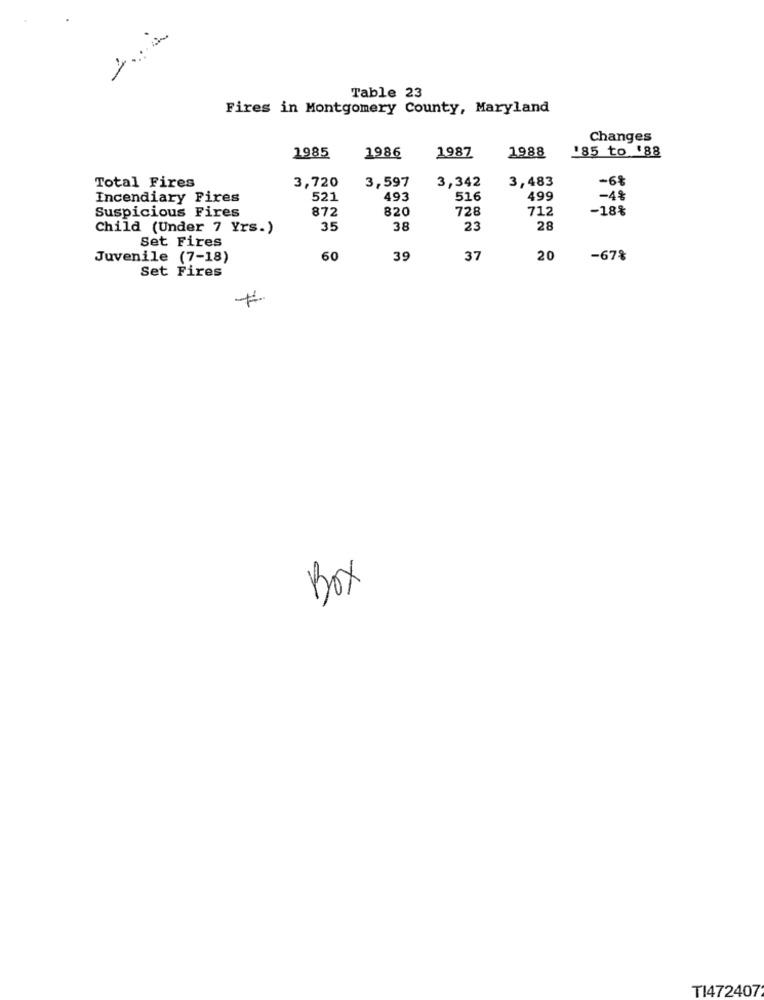
Table 23
Fires in Montgomery County, Maryland
Changes
1985
1987
1988
'85 to '88
1986
3,720
3,597
3,342
3,483
-6%
Total Fires
Incendiary Pires
521
493
516
499
-4%
Suspicious Fires
872
820
728
712
-18%
Child (Under 7 Yrs.)
35
38
23
28
Set Fires
Juvenile (7-18)
60
39
37
20
-67%
Set Fires
Box
TI472407